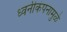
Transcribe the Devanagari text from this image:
ध्वनीकंपनामुळे